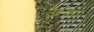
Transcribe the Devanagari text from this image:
तेशेन